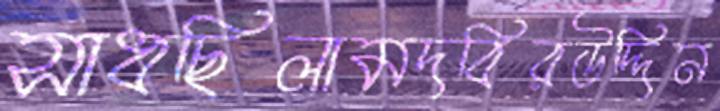
সাধছিলামদবিরউদ্দিন